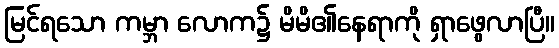
မြင်ရသော ကမ္ဘာ လောက၌ မိမိ၏နေရာကို ရှာဖွေလာပြီ။